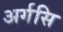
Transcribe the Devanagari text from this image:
अर्गसि